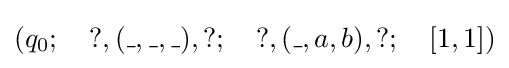
(q_{0};~~~?,(\_,\_,\_),?;~~~?,(\_,a,b),?;~~~[1,1])